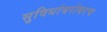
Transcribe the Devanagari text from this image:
सुविधांबरोबरच